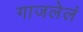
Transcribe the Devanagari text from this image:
गाजलेलं